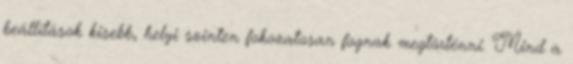
beállítások kisebb, helyi szinten fokozatosan fognak megtörténni. Mind a